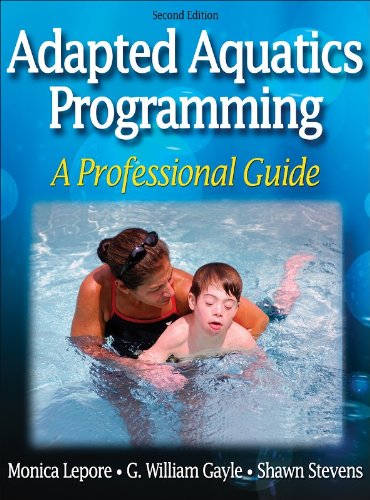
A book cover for Adapted Aquatics Programming:A Professional Guide - 2nd Edition; Monica Lepore; Health, Fitness & Dieting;